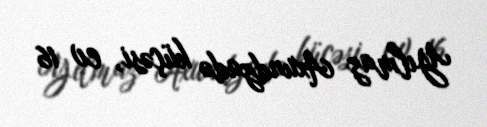
Yılmaz Axundzadə küçəsi, ev 16